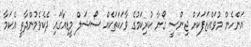
އަންހެން މުވައްޒަފަކަށް ޖިންސީ ގޯނާ ކުރިކަމުގެ ވާހަކަތަކެއް ސޯޝަލް މީޑިއާގައި ދެކެވެމުންދާތީ އެކަމާ